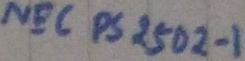
Text: NEC PS 2502